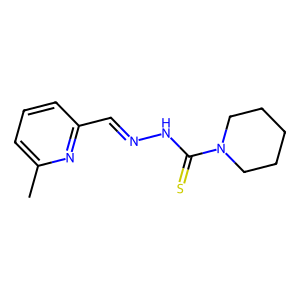
SMILES: Cc1cccc(C=NNC(=S)N2CCCCC2)n1
Inhibits HIV replication: No